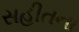
સહીતના